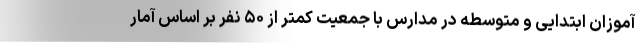
آموزان ابتدایی و متوسطه در مدارس با جمعیت کمتر از ۵۰ نفر بر اساس آمار